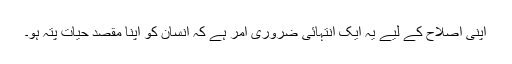
اپنی اصلاح کے لیے یہ ایک انتہائی ضروری امر ہے کہ انسان کو اپنا مقصدِ حیات پتہ ہو۔